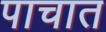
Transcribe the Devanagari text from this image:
पाचात